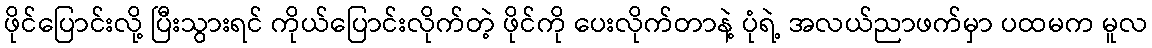
ဖိုင်ပြောင်းလို့ ပြီးသွားရင် ကိုယ်ပြောင်းလိုက်တဲ့ ဖိုင်ကို ပေးလိုက်တာနဲ့ ပုံရဲ့ အလယ်ညာဖက်မှာ ပထမက မူလ